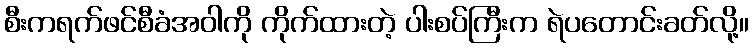
စီးကရက်ဖင်စီခံအဝါကို ကိုက်ထားတဲ့ ပါးစပ်ကြီးက ရဲပတောင်းခတ်လို့။